Code of medical and sanitary regulations for the guidance of medical officers serving in the Madras Presidency - Volume II
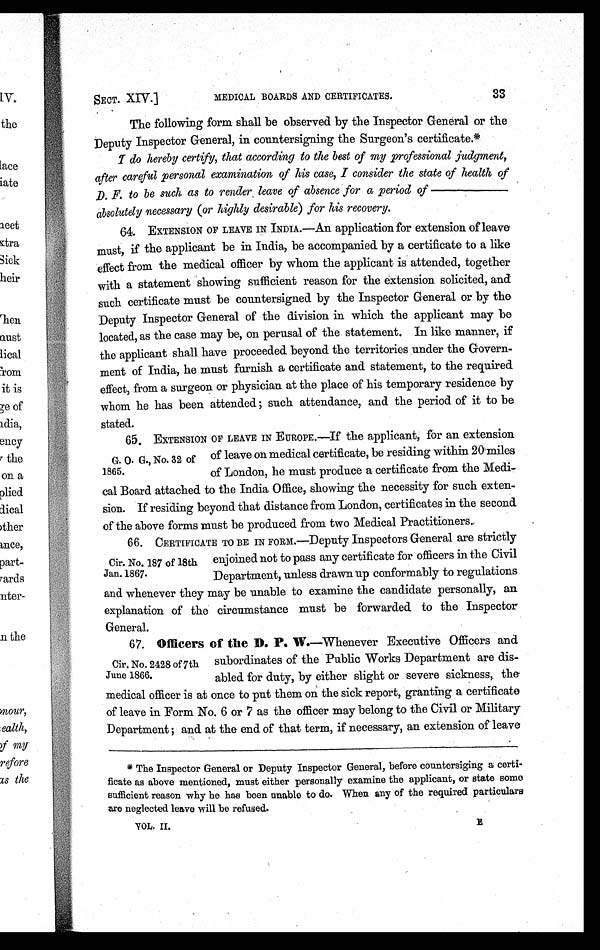
SECT. XIV.]
MEDICAL BOARDS AND CERTIFICATES.
33
The following form shall be observed by the Inspector General or the
Deputy Inspector General, in countersigning the Surgeon's certificate.*
I
do hereby certify, that according to the best of my professional judgment,
after careful personal examination of his case, I consider the state of health of
D. F. to be such as to render, leave of absence for a period of
————
absolutely necessary (or highly desirable) for his recovery.
64. EXTENSION OF LEAVE IN INDIA.—An application for extension of leave
must, if the applicant be in India, be accompanied by a certificate to a like
effect from the medical officer by whom the applicant is attended, together
with a statement showing sufficient reason for the extension solicited, and
such certificate must be countersigned by the Inspector General or by the
Deputy Inspector General of the division in which the applicant may be
located, as the case may be, on perusal of the statement. In like manner, if
the applicant shall have proceeded beyond the territories under the Govern-
ment of India, he must furnish a certificate and statement, to the required
effect, from a surgeon or physician at the place of his temporary residence by
whom he has been attended ; such attendance, and the period of it to be
stated.
G. 0. G., No. 32 of
1865.
6 5 . E X T E N S I O N O F L E A V E I N E U R O P E . — I fthe applicant, for an extension
of leave on medical certificate, be residing within 20 miles
of London, he must produce a certificate from the Medi-
cal Board attached to the India Office, showing the necessity for such exten-
sion. If residing beyond that distance from London, certificates in the second
of the above forms must be produced from two Medical Practitioners.
Cir. No. 187 of 18th
Jan. 1867.
66. CERTIFICATE TO BE IN FORM.—Deputy Inspectors General are strictly
enjoined not to pass any certificate for officers in the Civil
Department, unless drawn up conformably to regulations
and whenever they may be unable to examine the candidate personally, an
explanation of the circumstance must be forwarded to the Inspector
General.
Cir. No. 2428 of 7th
June 1866.
6 7 .
O f f i c e r s o f t h e D . P . W .
—Whenever Executive Officers and
subordinates of the Public Works Department are dis-
abled for duty, by either slight or severe sickness, the
medical officer is at once to put them on the sick report, granting a certificate
of leave in Form No. 6 or 7 as the officer may belong to the Civil or Military
Department ; and at the end of that term, if necessary, an extension of leave
* The Inspector General or Deputy Inspector General, before countersiging a certi-
ficate as above mentioned, must either personally examine the applicant, or state some
sufficient reason why he has been unable to do. When any of the required particulars
are neglected leave will be refused.
VOL. II.
E